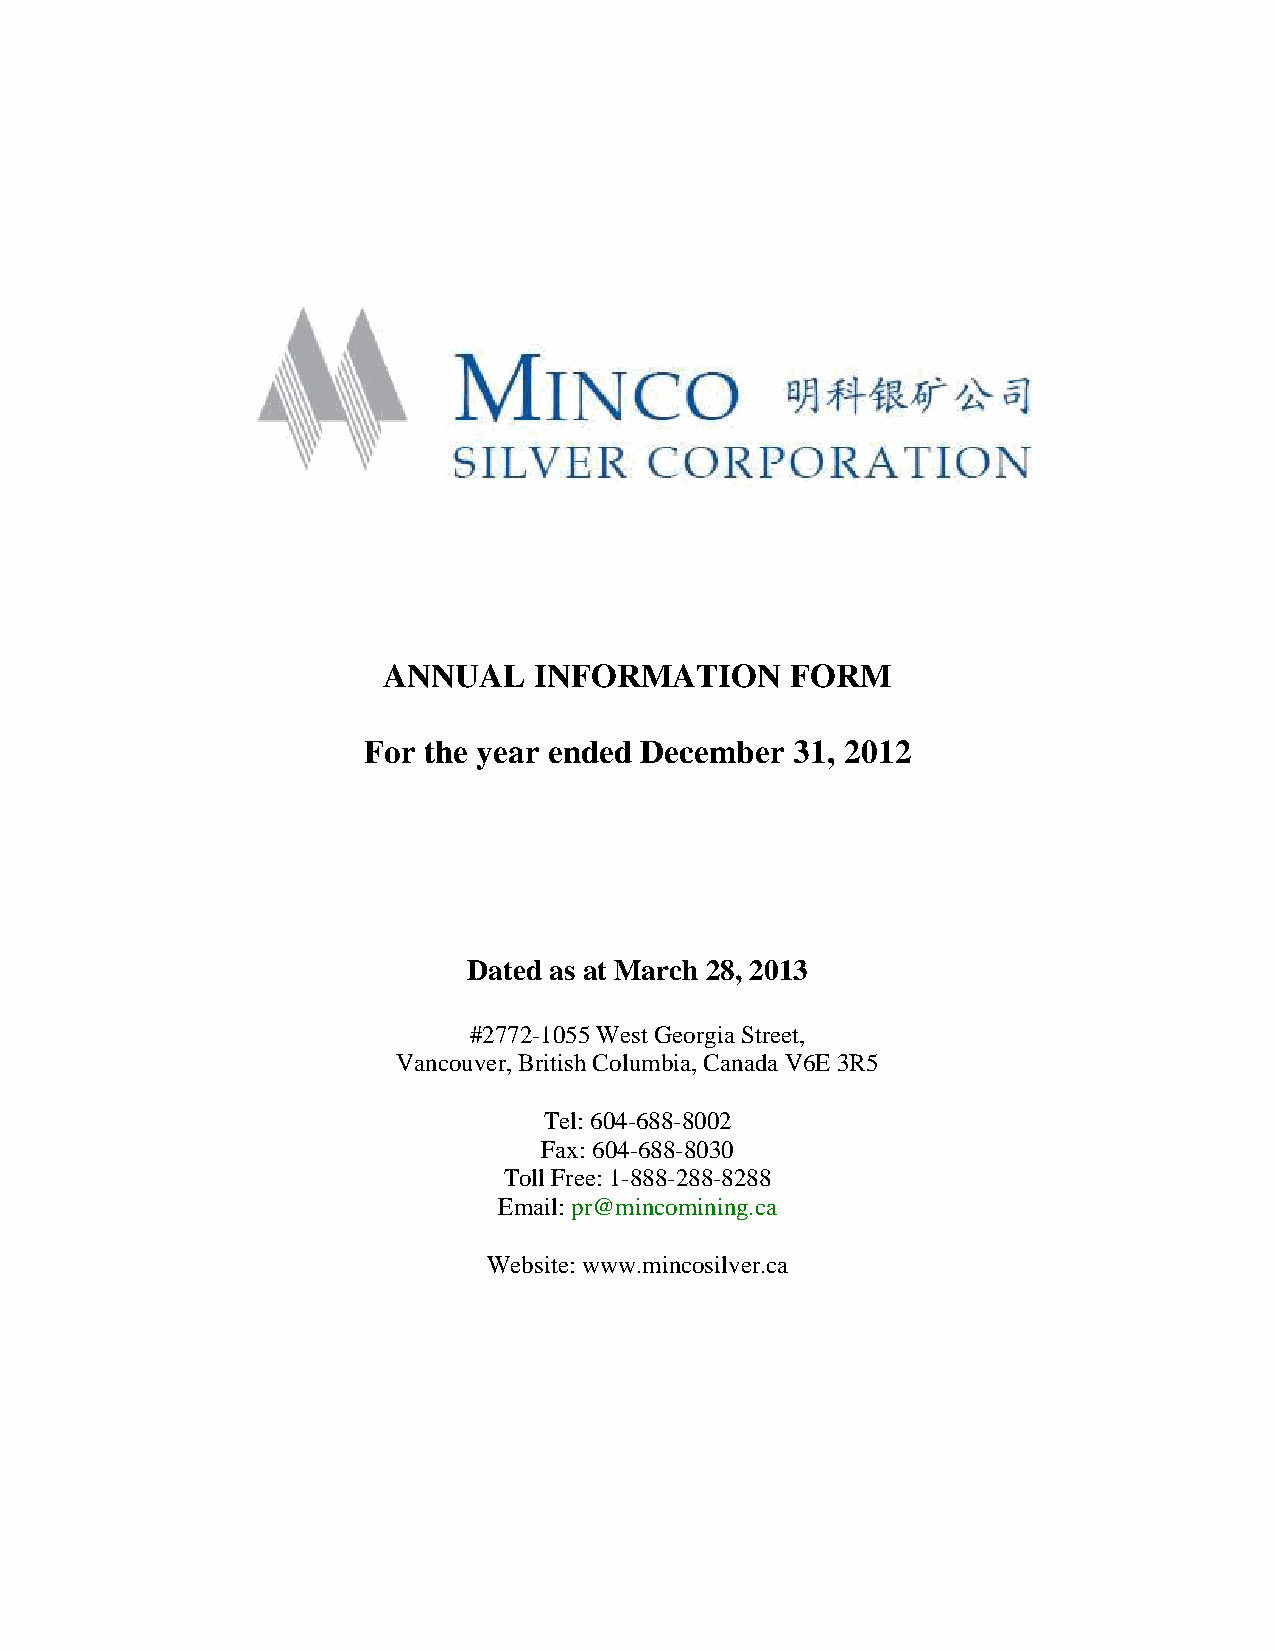
ANNUAL    INFORMATION      FORM
 For the year ended December  31, 2012
 Dated as at March 28, 2013
 #2772-1055 West Georgia Street,
 Vancouver, British Columbia, Canada V6E 3R5
 Tel: 604-688-8002
 Fax: 604-688-8030
 Toll Free: 1-888-288-8288
 Email: pr@mincomining.ca
 Website: www.mincosilver.ca